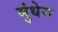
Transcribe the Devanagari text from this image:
मुंधेरा